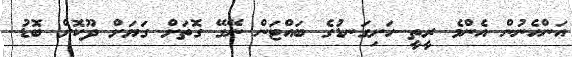
އަންހެނުން އެންމެ ރީތީ ހަށިގަނޑުގެ ބައްޓަން ނޭގޭ ގޮތަށް ގަޔަށް ދޫކޮށް ބޮޑު